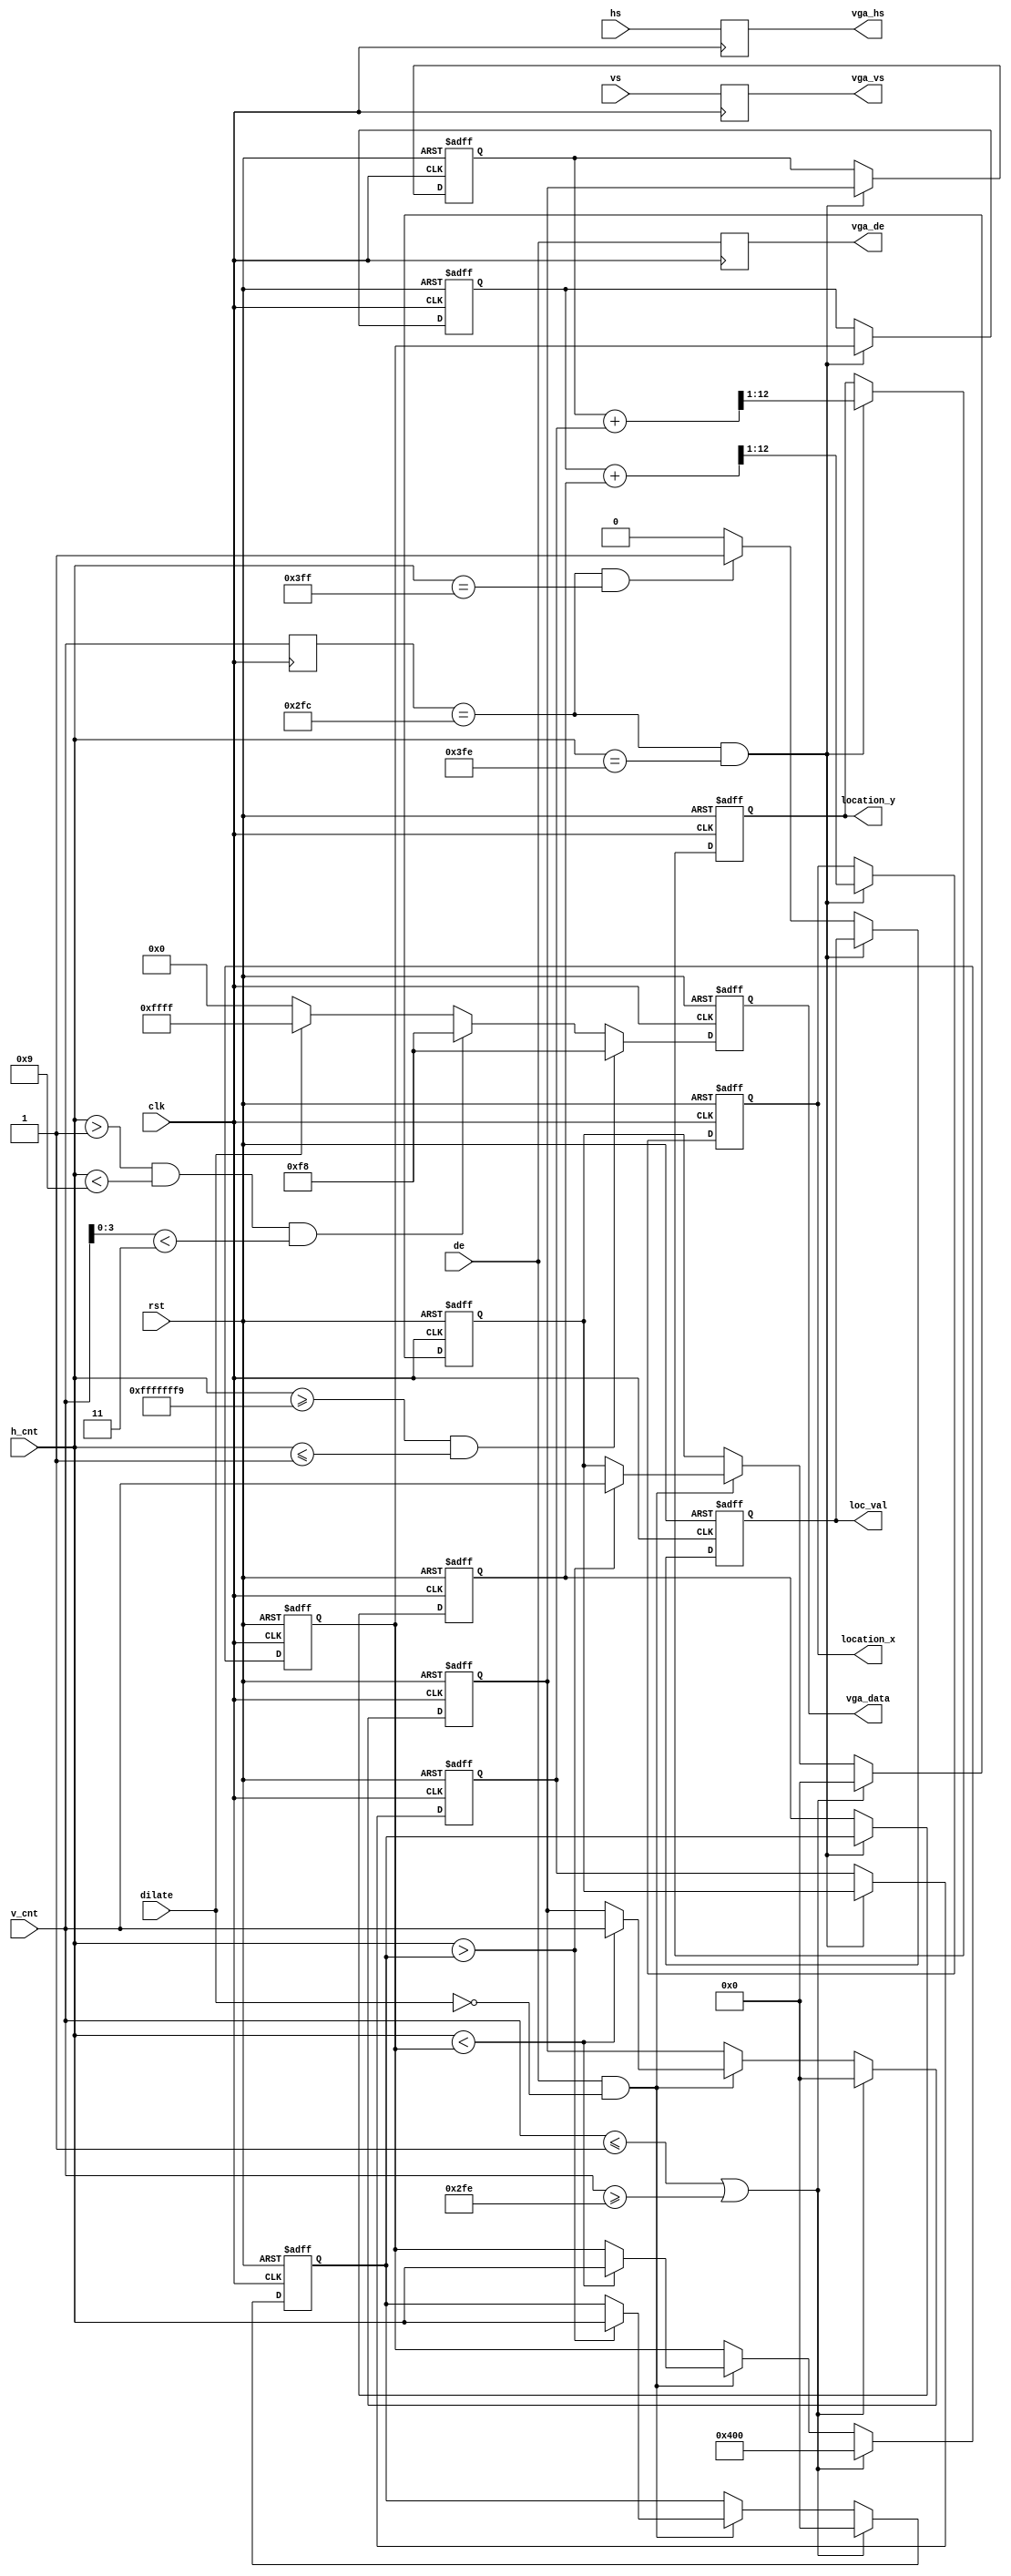

module mark (
	input                 clk,           //pixel clock
	input                 rst,           //reset signal high active
	input						 hs,				 //horizontal synchronization
	input						 vs,				 //vertical synchronization
	input						 de,				 //input video data valid
	input[11:0]           h_cnt,         //horizontal active count
	input[11:0]           v_cnt,         //vertical active count
	input						 dilate,			 //dilate data
	output reg[11:0]		 location_x,	 //location
	output reg[11:0]		 location_y,
	output reg				 loc_val,
	output reg[15:0]       vga_data,      //video data output
	output reg				 vga_hs,			 //vga hs output
	output reg				 vga_vs,			 //vga vs output
	output reg				 vga_de			 //vga de output
);
parameter H_TOTAL		=	1024;
parameter V_TOTAL		=	768;
parameter H_RULER		=	1;//1 of 1024
parameter RULER_WIDTH=	8;
parameter SCALE_WIDTH=	3;

parameter START_LINE =	1;//256 of 768
parameter END_LINE	=	766;

parameter ZONE_MAX_THRESHOLD	=	20;//100 of 1024
parameter ZONE_MIN_THRESHOLD	=	12;

reg[11:0] v_cnt_temp;
reg[11:0] zone_cnt;
reg		 zone_busy;
reg[11:0] zone_cnt_delay;
reg[11:0] v_cnt_delay;
reg[11:0] v_cnt_delay_1;

always@(posedge clk or posedge rst)
begin
	if(rst==1'b1)
		vga_data <= 16'hFFFF;
	else if(h_cnt >= H_RULER-RULER_WIDTH && h_cnt <= H_RULER)//where the ruler stands
		vga_data <= 16'hF8;//red
	else if(h_cnt > H_RULER && h_cnt < H_RULER+RULER_WIDTH && v_cnt[3:0] < SCALE_WIDTH)//where the scale of rule stands
		vga_data <= 16'hF8;//red
	else if(dilate==1'b0)
		vga_data <= 16'h0000;
	else
		vga_data <= 16'hFFFF;
end
/*
always@(posedge clk or posedge rst)
begin
	if(rst==1'b1)
		v_cnt_temp <= 12'd0;
	else if(v_cnt <= START_LINE )
		v_cnt_temp <= 12'd0;
	else if(de==1'b1 && dilate==1'b0 && v_cnt > START_LINE && v_cnt < END_LINE)
		v_cnt_temp <= v_cnt;
	else
		v_cnt_temp <= v_cnt_temp;
end
*/
/*
always@(posedge clk or posedge rst)
begin
	if(rst==1'b1)
	begin
		v_cnt_temp <= 12'd0;
		zone_cnt <= 12'd0;
		zone_cnt_delay <= zone_cnt;
		zone_busy <= 1'b0;
	end
	else if(v_cnt <= START_LINE || v_cnt >= END_LINE)
	begin
		v_cnt_temp <= 12'd0;
		zone_busy <= 1'b0;
	end
	else
	begin
		if(v_cnt_delay_1 == v_cnt && zone_busy == 1'b0)
		begin
			if(de==1'b1 && dilate==1'b0)
				zone_cnt <= zone_cnt + 1;
			else
				zone_cnt <= zone_cnt;
		end
		else
		begin
			if(zone_cnt > ZONE_MAX_THRESHOLD && zone_cnt_delay < ZONE_MIN_THRESHOLD )
			begin
				v_cnt_temp <= v_cnt_delay_1;
				zone_cnt <= 12'd0;
				zone_cnt_delay <= zone_cnt;
				zone_busy <= 1'b1;
			end
			else
				zone_cnt <= 12'd0;
				zone_cnt_delay <= zone_cnt;
		end
	end
end
*/
reg [11:0]	h_left_temp;
reg [11:0]	h_right_temp;
reg [11:0]	v_left_temp;
reg [11:0]	v_right_temp;
reg [11:0]	h_left;
reg [11:0]	h_right;
reg [11:0]	v_left;
reg [11:0]	v_right;
wire[12:0]	sum_h;
wire[12:0]	sum_v;

assign sum_h = h_left + h_right;
assign sum_v = v_left + v_right;

always@(posedge clk or posedge rst)
begin
	if(rst==1'b1)
	begin
		h_left_temp <= H_TOTAL;
		h_right_temp <= 12'd0;
		v_left_temp <= 12'd0;
		v_right_temp <= 12'd0;
	end
	else if(v_cnt <= START_LINE || v_cnt >= END_LINE)
	begin
		h_left_temp <= H_TOTAL;
		h_right_temp <= 12'd0;
		v_left_temp <= 12'd0;
		v_right_temp <= 12'd0;
	end
	else
	begin
		if(de==1'b1&&dilate==1'b0)
		begin
			if(h_cnt < h_left_temp)
			begin
				h_left_temp <= h_cnt;
				v_left_temp <= v_cnt;
			end
			else
			begin
				h_left_temp <= h_left_temp;
				v_left_temp <= v_left_temp;
			end
			
			if(h_cnt > h_right_temp)
			begin
				h_right_temp <= h_cnt;
				v_right_temp <= v_cnt;
			end
			else
			begin
				h_right_temp <= h_right_temp;
				v_right_temp <= v_right_temp;
			end
		end
	end
end

always@(posedge clk or posedge rst)
begin
	if(rst==1'b1)
	begin
		loc_val <= 1'b0;
		location_x <= 12'd0;
		location_y <= 12'd0;
		h_left <= 12'd0;
		h_right <= 12'd0;
		v_left <= 12'd0;
		v_right <= 12'd0;
	end
	else if(v_cnt_delay==END_LINE-2 && h_cnt==H_TOTAL-2)
	begin
//		location <= v_cnt_temp;
		h_left  <= h_left_temp;
		h_right <= h_right_temp;
		v_left  <= v_left_temp;
		v_right <= v_right_temp;
		location_x <= sum_h[12:1];
		location_y <= sum_v[12:1];
	end
	else if(v_cnt_delay==END_LINE-2 && h_cnt==H_TOTAL-1)
		loc_val <= 1'b1;
	else
		loc_val <= 1'b0;
end

always@(posedge clk)
begin
	vga_hs <= hs;
	vga_vs <= vs;
	vga_de <= de;
	v_cnt_delay <= v_cnt;
	v_cnt_delay_1 <= v_cnt_delay;
end

endmodule